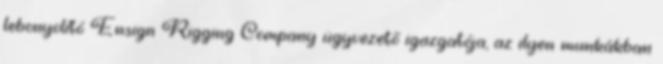
lebonyolító Ensign Rigging Company ügyvezető igazgatója, az ilyen munkákban